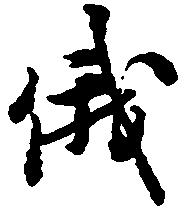
俄